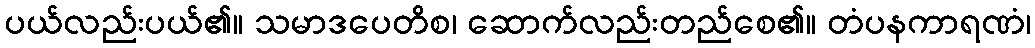
ပယ်လည်းပယ်၏။ သမာဒပေတိစ၊ ဆောက်လည်းတည်စေ၏။ တံပနကာရဏံ၊